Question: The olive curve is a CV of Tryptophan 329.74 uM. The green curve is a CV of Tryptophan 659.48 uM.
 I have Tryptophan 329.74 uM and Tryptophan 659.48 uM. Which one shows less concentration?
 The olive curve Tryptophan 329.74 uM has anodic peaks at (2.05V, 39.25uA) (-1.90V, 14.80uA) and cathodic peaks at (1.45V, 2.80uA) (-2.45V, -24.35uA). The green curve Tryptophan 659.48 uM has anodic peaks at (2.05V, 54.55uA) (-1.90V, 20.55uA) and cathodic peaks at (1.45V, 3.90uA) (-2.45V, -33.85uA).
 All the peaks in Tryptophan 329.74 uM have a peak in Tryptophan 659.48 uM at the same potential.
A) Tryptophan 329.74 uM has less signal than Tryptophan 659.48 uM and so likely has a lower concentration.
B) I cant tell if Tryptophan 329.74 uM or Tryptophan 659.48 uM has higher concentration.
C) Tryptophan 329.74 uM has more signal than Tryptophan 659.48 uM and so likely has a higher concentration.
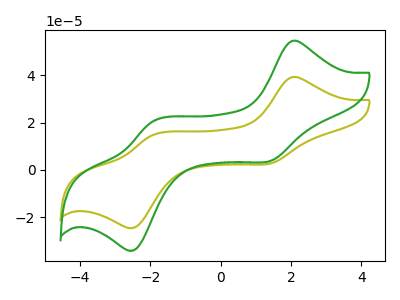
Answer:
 <answer>B) I cant tell if "Tryptophan 329.74 uM" or "Tryptophan 659.48 uM" has higher concentration.</answer>
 <eval>B</eval>